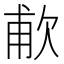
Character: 𬅤